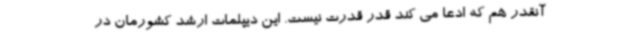
آنقدر هم که ادعا می کند قدر قدرت نیست. این دیپلمات ارشد کشورمان در